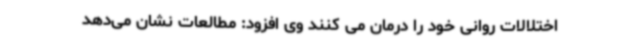
اختلالات روانی خود را درمان می کنند وی افزود: مطالعات نشان می‌دهد